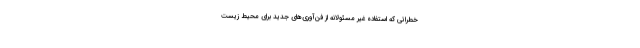
خطراتی که استفاده غیر مسئولانه از فن‌آوری‌های جدید برای محیط زیست